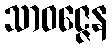
သာဝဇ္ဇေန